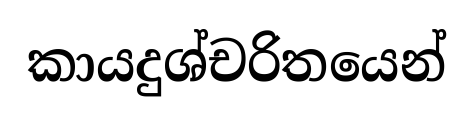
කායදුශ්චරිතයෙන්